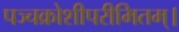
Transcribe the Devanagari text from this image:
पञ्चक्रोशीपरीमितम्।